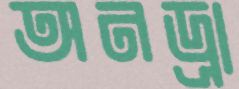
অনড্রা